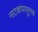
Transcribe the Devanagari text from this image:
नाटकांपासूनच